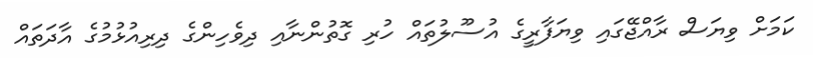
ކަމަށް ވިޔަސް ރާއްޖޭގައި ވިޔަފާރީގެ އުސޫލުތައް ހުރި ގޮތުންނާއި ދިވެހިންގެ ދިރިއުޅުމުގެ އާދަތައް